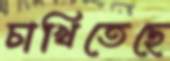
চাখিতেছে